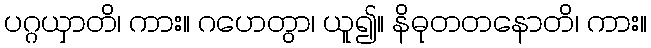
ပဂ္ဂယှာတိ၊ ကား။ ဂဟေတွာ၊ ယူ၍။ နိဓုတတနောတိ၊ ကား။